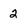
Character: 2